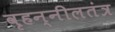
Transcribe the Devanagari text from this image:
वृहन्नीलतंत्र